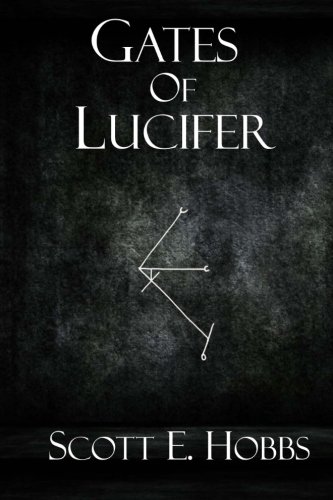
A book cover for Gates of Lucifer; Scott E Hobbs; Religion & Spirituality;